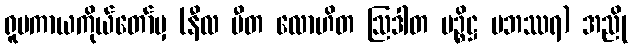
ရူပကာယကိုယ်တော်မှ (နီလ ပီတ လောဟိတ ဩဒါတ မဉ္စိဋ္ဌ ပဘဿရ) အညို